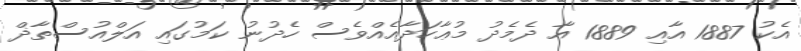
އެކު 1887 އާއި 1889 އާ ދެމެދު މުޢާހަދާއެއްވެސް ހެދުނު ކަމުގައި އަލްއުސްތާޛް